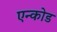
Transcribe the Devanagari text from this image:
एन्कोड